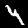
Label: 4